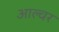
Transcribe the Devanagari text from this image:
आल्वर